Lunatic asylums Central Provinces reports 1910-1926 - 1910-1926
Year: 1910
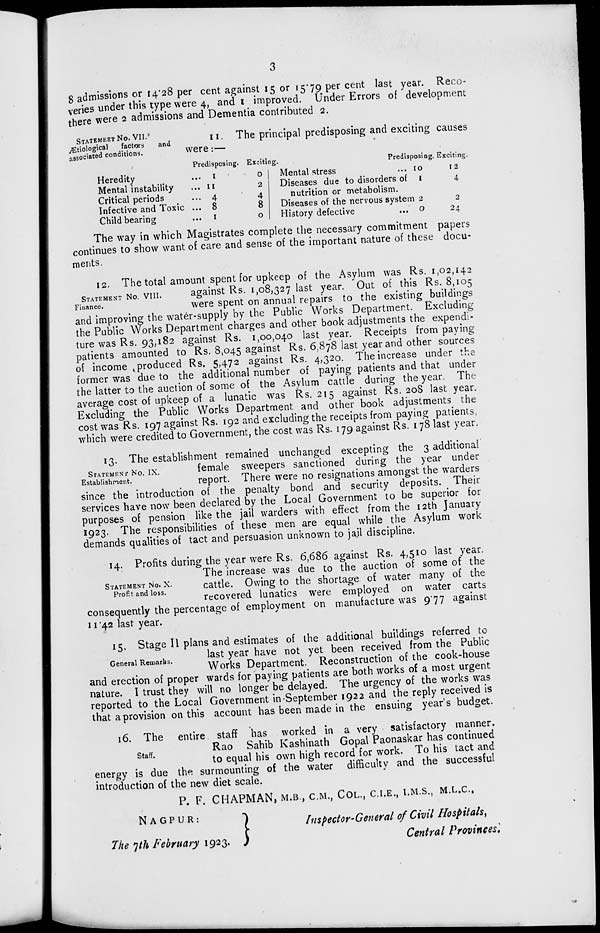
3
8 admissions or 14.28 per cent against 15 or 15.79 per cent last year. Reco-
veries under this type were 4, and 1 improved. Under Errors of development
there were 2 admissions and Dementia contributed 2.
STATEMENT No. VII.
Ætiological
factors
and
associated conditions.
11. The principal predisposing and exciting causes
were:—
Heredity ...
Mental instability ...
Critical periods ...
Infective and Toxic ...
Child bearing ...
Predisposing.
1
11
4
8
1
Exciting.
0
2
4
8
0
Mental stress ...
Diseases due to disorders of
nutrition or metabolism.
Diseases of the nervous system
History defective ...
Predisposing.
10
1
2
0
Exciting.
12
4
2
24
The way in which Magistrates complete the necessary commitment papers
continues to show want of care and sense of the important nature of these docu-
ments.
STATEMENT No. VIII.
Finance.
12. The total amount spent for upkeep of the Asylum was Rs. 1,02,142
against Rs. 1,08,327 last year. Out of this Rs. 8,105
were spent on annual repairs to the existing buildings
and improving the water-supply by the Public Works Department. Excluding
the Public Works Department charges and other book adjustments the expendi-
ture was Rs. 93,182 against Rs. 1,00,040 last year. Receipts from paying
patients amounted to Rs. 8,045 against Rs. 6,878 last year and other sources
of income produced Rs. 5,472 against Rs. 4,320. The increase under the
former was due to the additional number of paying patients and that under
the latter to the auction of some of the Asylum cattle during the year. The
average cost of upkeep of a lunatic was Rs. 215 against Rs. 208 last year.
Excluding the Public Works Department and other book adjustments the
cost was Rs. 197 against Rs. 192 and excluding the receipts from paying patients
which were credited to Government, the cost was Rs. 179 against Rs. 178 last year.
STATEMENT No. IX.
Establishment.
13. The establishment remained unchanged excepting the 3 additional
female sweepers sanctioned during the year under
report. There were no resignations amongst the warders
since the introduction of the penalty bond and security deposits. Their
services have now been declared by the Local Government to be superior for
purposes of pension like the jail warders with effect from the 12th January
1923. The responsibilities of these men are equal while the Asylum work
demands qualities of tact and persuasion unknown to jail discipline.
STATEMENT No. X.
Profit and loss.
14. Profits during the year were Rs. 6,686 against Rs. 4,510 last year.
The increase was due to the auction of some of the
cattle. Owing to the shortage of water many of the
recovered lunatics were employed on water carts
consequently the percentage of employment on manufacture was 9.77 against
11.42 last year.
General Remarks.
15. Stage II plans and estimates of the additional buildings referred to
last year have not yet been received from the Public
Works Department. Reconstruction of the cook-house
and erection of proper wards for paying patients are both works of a most urgent
nature. I trust they will no longer be delayed. The urgency of the works was
reported to the Local Government in September 1922 and the reply received is
that a provision on this account has been made in the ensuing year's budget.
Staff.
16. The entire staff has worked in a very satisfactory manner.
Rao Sahib Kashinath Gopal Paonaskar has continued
to equal his own high record for work. To his tact and
energy is due the surmounting of the water difficulty and the successful
introduction of the new diet scale.
P. F. CHAPMAN, M.B., C.M., COL., C.I.E., I.M.S., M.L.C.,
NAGPUR:
The 7th February 1923.
Inspector-General of Civil Hospitals,
Central Provinces.